Indian Medical Review
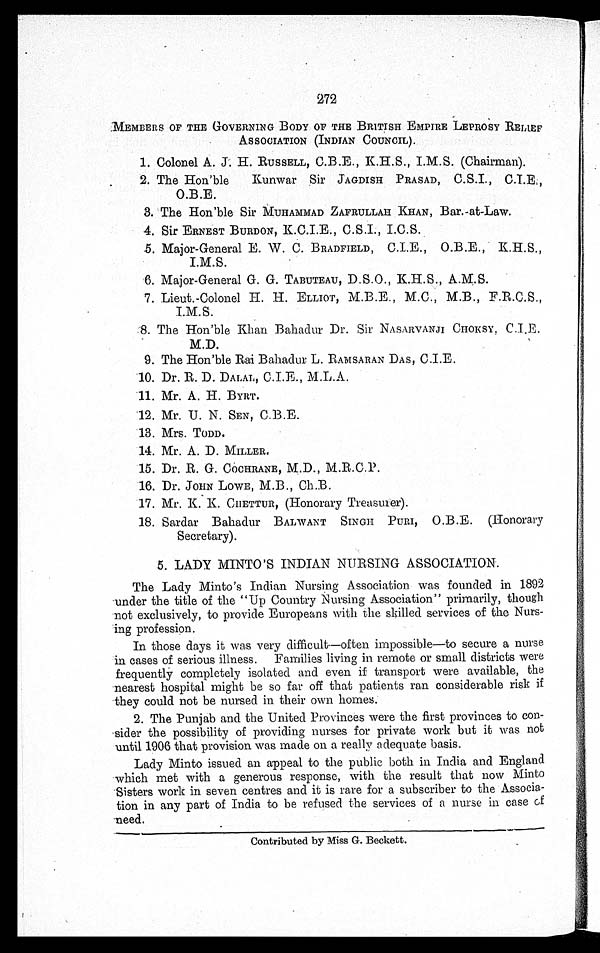
272
MEMBERS OF THE GOVERNING BODY OF THE BRITISH EMPIRE LEPROSY RELIEF
ASSOCIATION (INDIAN COUNCIL).
1. Colonel A. J. H. RUSSELL, C.B.E., K.H.S., I.M.S. (Chairman).
2. The Hon'ble Kunwar Sir JAGDISH PRASAD, C.S.I.,
C.I.E.,
O.B.E.
3. The Hon'ble Sir MUHAMMAD ZAFRULLAH KHAN, Bar.-at-Law.
4.
Sir ERNEST BURDON, K.C.I.E., C.S.I., I.C.
S.
5.
Major-General E. W. C. BRADFIELD, C.I.E., O.B.E., K.H.S.,
I.M.S.
6. Major-General G. G. TABUTEAU, D.S.O., K.H.S., A.M.S.
7. Lieut.-Colonel H. H. ELLIOT, M.B.E., M.C., M.B.,
F.R.C.S.,
I.M.S.
8.
The Hon'ble Khan Bahadur Dr. Sir NASARVANJI CHOKSY, C.I.E.
M.D.
9. The Hon'ble Rai Bahadur L. RAMSARAN DAS, C.I.E.
10. Dr. R. D. DALAL, C.I.E., M.L.A.
11. Mr. A. H. BYRT.
12.
Mr. U. N. SEN, C.B.E.
13. Mrs. TODD.
14. Mr. A. D. MILLER.
15. Dr. R. G. COCHRANE, M.D., M.R.C.P.
16. Dr. JOHN LOWE, M.B., Ch.B.
17.
Mr. K. K. CHETTUR, (Honorary Treasurer).
18.
Sardar Bahadur BALWANT SINGH PURI, O.B.E. (Honorary
Secretary).
5. LADY MINTO'S INDIAN NURSING ASSOCIATION.
The Lady Minto's Indian Nursing Association was founded in 1892
under the title of the "Up Country Nursing Association" primarily, though
not exclusively, to provide Europeans with the skilled services of the Nurs
-
ing profession.
In those days it was very difficult—often impossible—to secure a nurse
in cases of serious illness. Families living in remote or small districts were
frequently completely isolated and even if transport were available, the
nearest hospital might be so far off that patients ran considerable risk if
they could not be nursed in their own homes.
2. The Punjab and the United Provinces were the first provinces to con
-
sider the possibility of providing nurses for private work but it was not
until 1906 that provision was made on a really adequate basis.
Lady Minto issued an appeal to the public both in India and England
which met with a generous response, with the result that now Minto
Sisters work in seven centres and it is rare for a subscriber to the Associa
-
tion in any part of India to be refused the services of a nurse in case
o f
need.
Contributed by Miss G. Beckett.